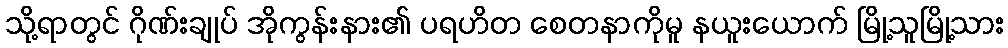
သို့ရာတွင် ဂိုဏ်းချုပ် အိုကွန်းနား၏ ပရဟိတ စေတနာကိုမူ နယူးယောက် မြို့သူမြို့သား